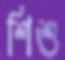
শিশু